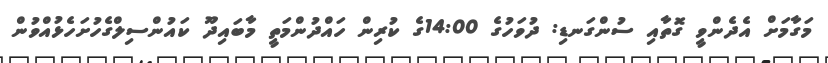
މަގާމަށް އެދެންވީ ގޮތާއި ސުންގަނޑި: ދުވަހުގެ 14:00ގެ ކުރިން ހައްދުންމަތީ މާބައިދޫ ކައުންސިލްގެހުށަހެޅުއްވުން